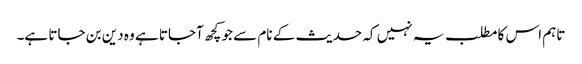
تاہم اس کا مطلب یہ نہیں کہ حدیث کے نام سے جو کچھ آجاتا ہے وہ دین بن جاتا ہے۔